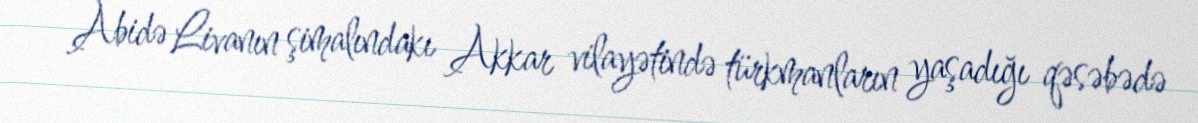
Abidə Livanın şimalındakı Akkar vilayətində türkmanların yaşadığı qəsəbədə